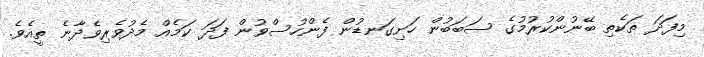
މިފަދަ ތަކެތި ބޭނުންކުރުމުގެ ސަބަބުން ހަށިގަނޑުން ފެންހުސްވުން ފަދަ ކަމެއް މެދުވެރިވެދާނެ ތީއެވެ.